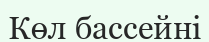
Көл бассейні